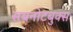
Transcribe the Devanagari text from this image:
सबनोटबुक्स